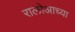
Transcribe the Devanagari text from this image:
रालोआच्या